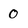
Character: 0